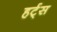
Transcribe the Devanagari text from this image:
हर्ट्‌स